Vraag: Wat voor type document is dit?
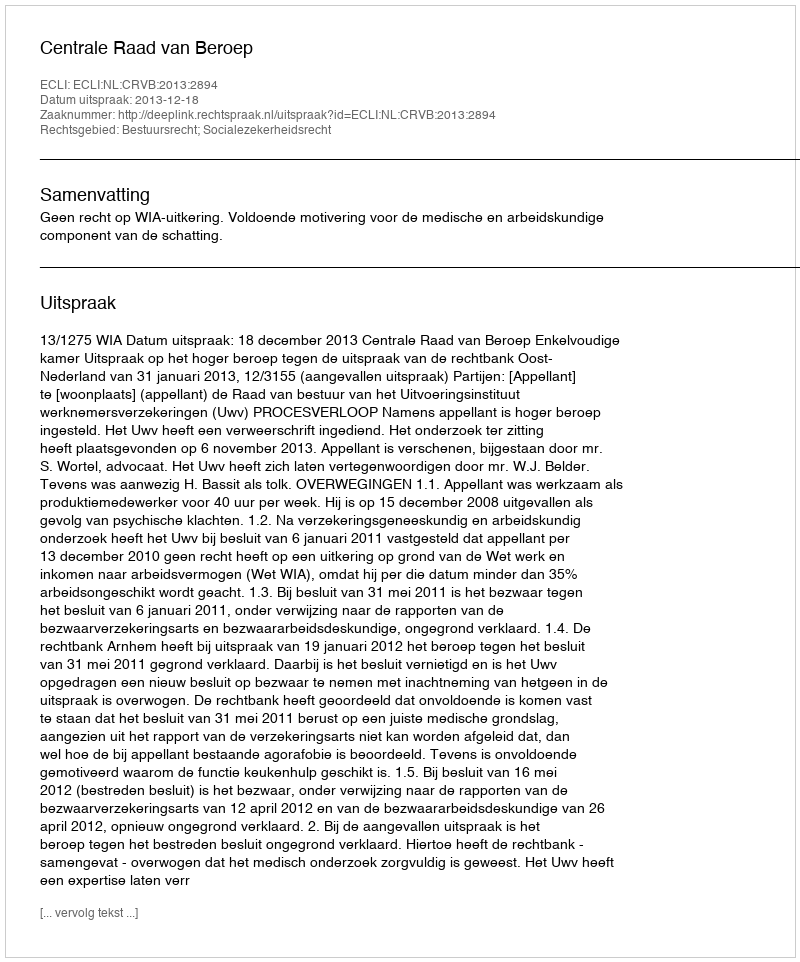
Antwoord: Uitspraak